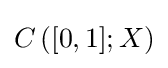
C\left([0,1];X\right)